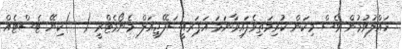
ހައްލުވުމުން ވެސް މިކަން ކުރިމަތިވެފައިވާނަމަ އަޕަރއީސަފޭޖިއަލް މެނޯމެޓްރީ (  )ކިޔޭ ޓެސްޓެއް